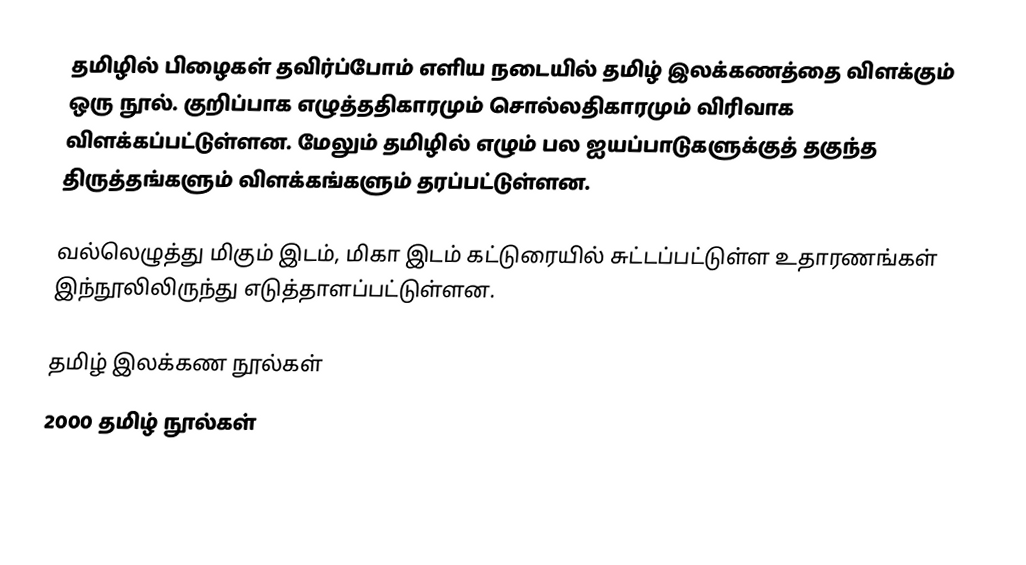
தமிழில் பிழைகள் தவிர்ப்போம் எளிய நடையில் தமிழ் இலக்கணத்தை விளக்கும் ஒரு நூல்.  குறிப்பாக எழுத்ததிகாரமும் சொல்லதிகாரமும் விரிவாக விளக்கப்பட்டுள்ளன.  மேலும் தமிழில் எழும் பல ஐயப்பாடுகளுக்குத் தகுந்த திருத்தங்களும் விளக்கங்களும் தரப்பட்டுள்ளன.

வல்லெழுத்து மிகும் இடம், மிகா இடம்  கட்டுரையில் சுட்டப்பட்டுள்ள உதாரணங்கள் இந்நூலிலிருந்து எடுத்தாளப்பட்டுள்ளன.

தமிழ் இலக்கண நூல்கள்
2000 தமிழ் நூல்கள்